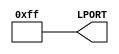
//--------------------------------------------------------------------
//-- IceZUM Alhambra test
//-- Hello world example
//-- Turn on all the yellow leds
//--------------------------------------------------------------------
//-- (c) BQ March, 2016. Written by Juan Gonzalez (obijuan)
//--------------------------------------------------------------------
//-- Releases under the GPL v2+ license
//--------------------------------------------------------------------

module leds_on(output wire [7:0] LPORT);

//-- Turn on all the leds
assign LPORT = 8'hFF;

endmodule